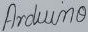
Text: Arduino